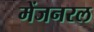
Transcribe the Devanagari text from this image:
मेंजनरल